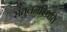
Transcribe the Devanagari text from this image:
संतुलनस्थिति